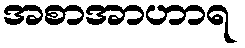
အစာအာဟာရ